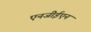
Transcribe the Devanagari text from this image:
एनजीईएन